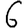
Digit: 6